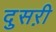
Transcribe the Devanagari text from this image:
दुसऱी